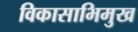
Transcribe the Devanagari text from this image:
विकासाभिमुख